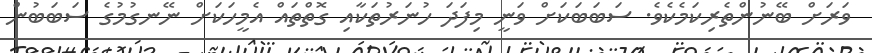
ވަރަށް ބޭނުންތެރިކަމެކެވެ. ސަބަބަކަށް ވަނީ މިފަދަ ހުނަރުތަކާއި ގޮތްތައް އެމީހަކަށް ނޭނގުމުގެ ސަބަބުން